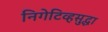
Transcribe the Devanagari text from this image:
निगेटिव्हसुद्धा